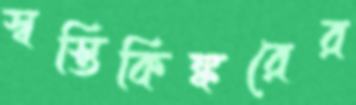
স্বস্তিকিঙ্করের